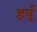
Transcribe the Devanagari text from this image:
हर्षू